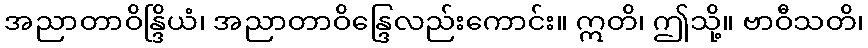
အညာတာဝိန္ဒြိယံ၊ အညာတာဝိန္ဒြေလည်းကောင်း။ ဣတိ၊ ဤသို့။ ဗာဝီသတိ၊